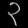
Digit: ၃